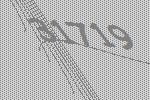
31719